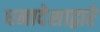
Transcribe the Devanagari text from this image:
धनादेशाद्वारे